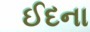
ઈદના